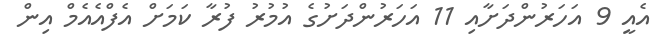
އެއީ 9 އަހަރުންދަށާއި 11 އަހަރުންދަށުގެ އުމުރު ފުރާ ކަމަށް އެފްއެއެމް އިން